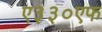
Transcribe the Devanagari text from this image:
ए३३०एफ